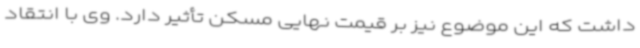
داشت که این موضوع نیز بر قیمت نهایی مسکن تأثیر دارد. وی با انتقاد